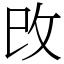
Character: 攺